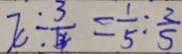
x \div \frac { 3 } { 4 } = \frac { 1 } { 5 } : \frac { 2 } { 5 }